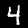
Digit: 4